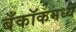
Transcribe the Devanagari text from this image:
बँकॉकमध्ये